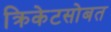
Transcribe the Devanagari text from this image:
क्रिकेटसोबत